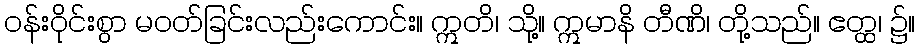
ဝန်းဝိုင်းစွာ မဝတ်ခြင်းလည်းကောင်း။ ဣတိ၊ သို့။ ဣမာနိ တီဏိ၊ တို့သည်။ ဧတ္ထ၊ ၌။